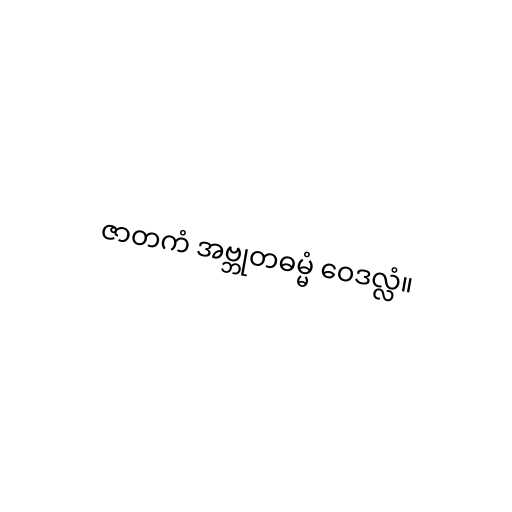
ဇာတကံ အဗ္ဘုတဓမ္မံ ဝေဒလ္လံ။